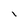
Character: 1